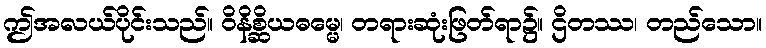
ဤအလယ်ပိုင်းသည်။ ဝိနိစ္ဆိယဓမ္မေ၊ တရားဆုံးဖြတ်ရာ၌။ ဌိတဿ၊ တည်သော။